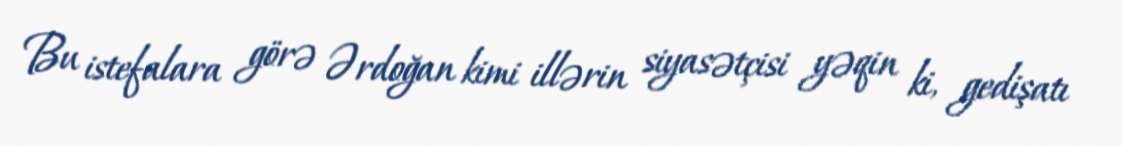
Bu istefalara görə Ərdoğan kimi illərin siyasətçisi yəqin ki, gedişatı